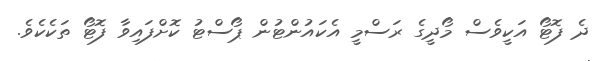
ދެ ފޮޓޯ އަކީވެސް މޯދީގެ ރަސްމީ އެކައުންޓުން ޕޯސްޓު ކޮށްފައިވާ ފޮޓޯ ތަކެކެވެ.